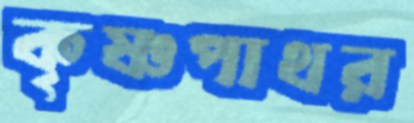
কৃষ্ণপাথর